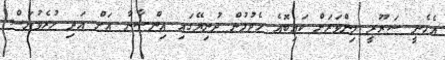
އެހެނީ ޟަރޫރީ މިންވަރަށް ކައިބޮއެ ހެދުމުން ދުނިޔޭގައި އިންސާނާ އަށް އަދި ހުރެވުނަސް